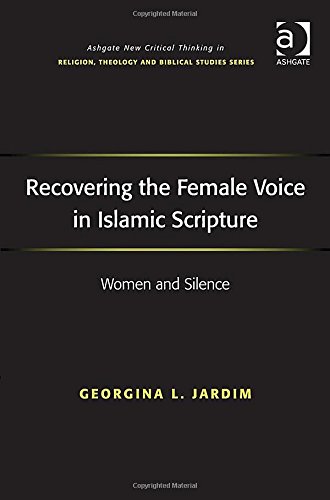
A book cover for Recovering the Female Voice in Islamic Scripture: Women and Silence (Ashgate New Critical Thinking in Religion, Theology, and Biblical Studies); Georgina L. Jardim; Religion & Spirituality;